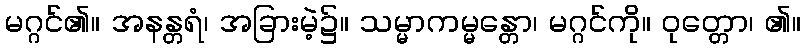
မဂ္ဂင်၏။ အနန္တရံ၊ အခြားမဲ့၌။ သမ္မာကမ္မန္တော၊ မဂ္ဂင်ကို။ ဝုတ္တော၊ ၏။